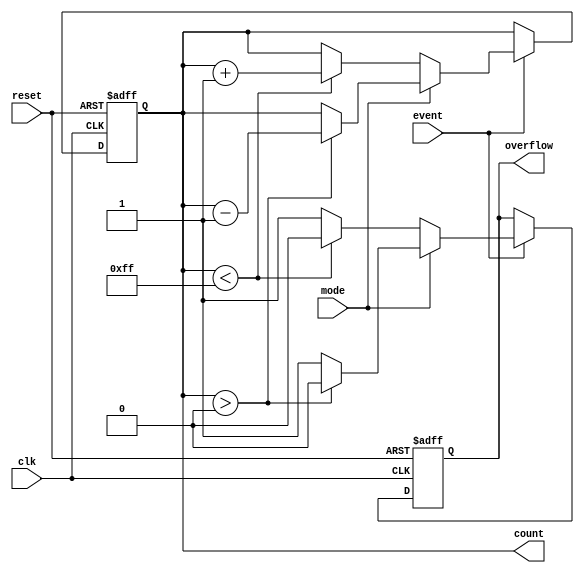
module EventCounter #(
    parameter COUNTER_WIDTH = 8 // Parameter to define the bit-width of the counter
) (
    input wire clk,              // Clock signal
    input wire reset,            // Reset signal
    input wire event,            // Event signal to trigger counting
    input wire mode,             // Mode control: 0 = Up, 1 = Down
    output reg [COUNTER_WIDTH-1:0] count, // Current count value
    output reg overflow          // Overflow signal
);

// Internal signals
reg [COUNTER_WIDTH-1:0] max_count; // Maximum count value

// Initialize the maximum count value based on the COUNTER_WIDTH
initial begin
    max_count = (1 << COUNTER_WIDTH) - 1; // 2^COUNTER_WIDTH - 1
end

// Always block for synchronous logic
always @(posedge clk or posedge reset) begin
    if (reset) begin
        count <= 0;            // Reset count to 0
        overflow <= 0;         // Clear overflow signal
    end else begin
        if (event) begin
            // Check counting mode
            if (mode == 1'b0) begin // Up Counter
                if (count < max_count) begin
                    count <= count + 1; // Increment count
                    overflow <= 0;       // Clear overflow signal
                end else begin
                    overflow <= 1;       // Set overflow signal
                end
            end else begin // Down Counter
                if (count > 0) begin
                    count <= count - 1; // Decrement count
                    overflow <= 0;       // Clear overflow signal
                end else begin
                    overflow <= 1;       // Set overflow signal
                end
            end
        end
    end
end

endmodule